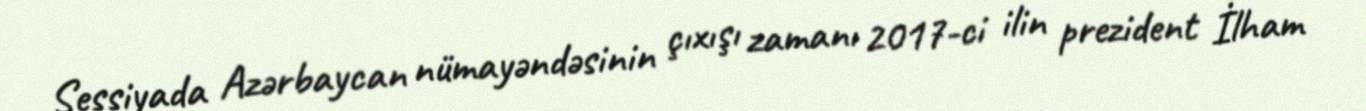
Sessiyada Azərbaycan nümayəndəsinin çıxışı zamanı 2017-ci ilin prezident İlham